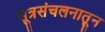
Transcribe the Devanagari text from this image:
सूत्रसंचलनातून